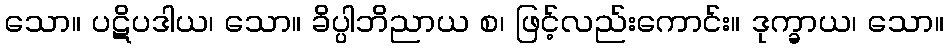
သော။ ပဋိပဒါယ၊ သော။ ခိပ္ပါဘိညာယ စ၊ ဖြင့်လည်းကောင်း။ ဒုက္ခာယ၊ သော။